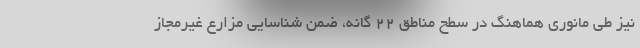
نیز طی مانوری هماهنگ در سطح مناطق 22 گانه، ضمن شناسایی مزارع غیرمجاز